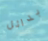
بدائل